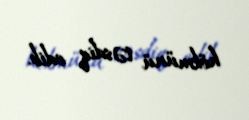
hökmünü təsdiq edib.